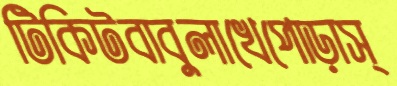
টিকিটবাবুলাখেপোড়াস্